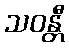
သဝန္တီ